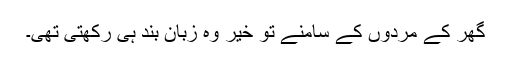
گھر کے مردوں کے سامنے تو خیر وہ زبان بند ہی رکھتی تھی۔